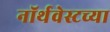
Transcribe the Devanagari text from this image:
नॉर्थवेस्टच्या